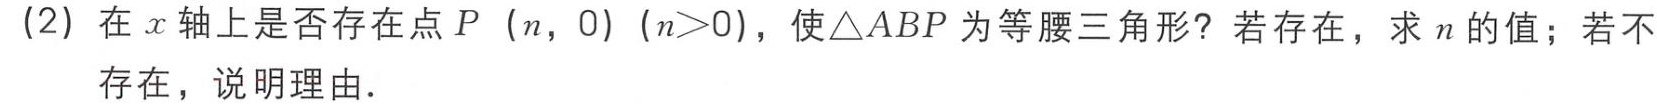
(2) 在\(x\)轴上是否存在点\(P\)（\(n\)，\(0\)）(\(n>0\))，使\(\triangle ABP\)为等腰三角形？若存在，求 \(n\) 的值；若不
存在，说明理由.